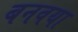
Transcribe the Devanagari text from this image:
बनवया